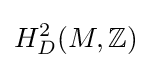
H_{D}^{2}(M,\mathbb {Z} )